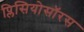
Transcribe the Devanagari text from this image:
प्लिसियोसॉरस